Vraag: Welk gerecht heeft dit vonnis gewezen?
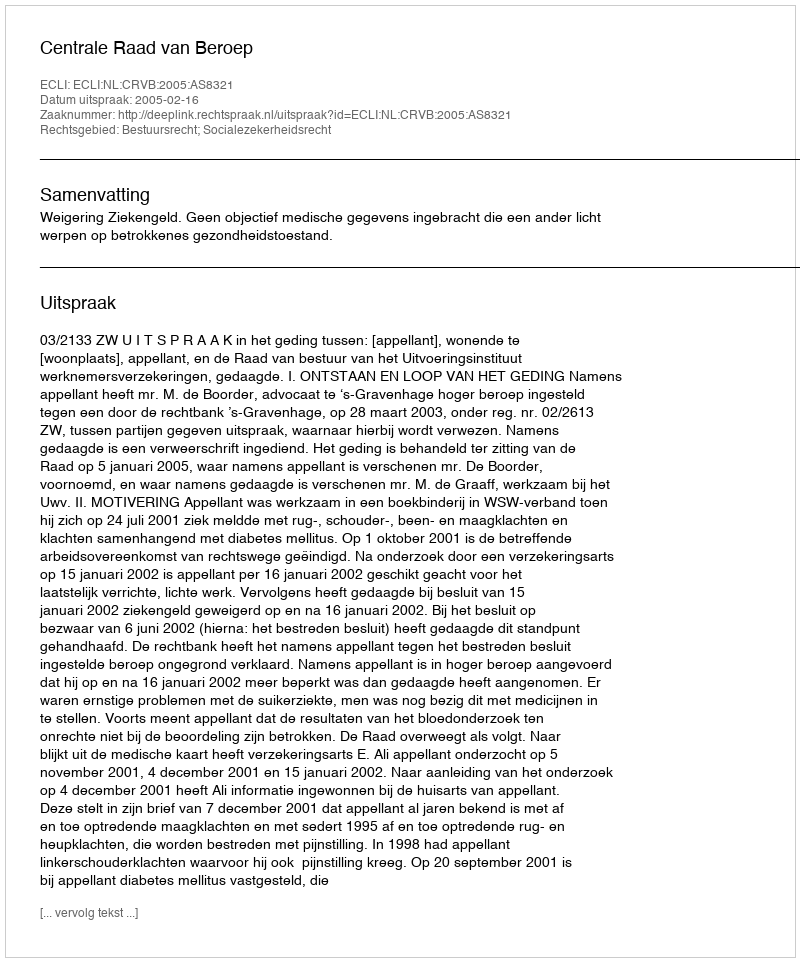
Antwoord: Centrale Raad van Beroep